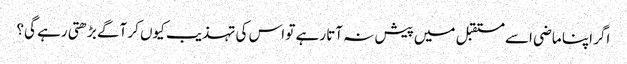
اگر اپنا ماضی اسے مستقبل میں پیش نہ آتا رہے تو اس کی تہذیب کیوں کر آگے بڑھتی رہے گی؟